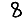
Digit: 8